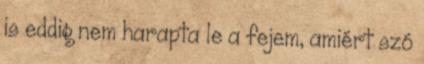
is eddig nem harapta le a fejem, amiért szó